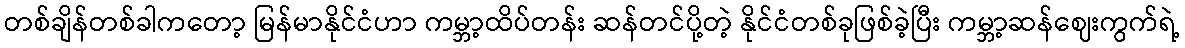
တစ်ချိန်တစ်ခါကတော့ မြန်မာနိုင်ငံဟာ ကမ္ဘာ့ထိပ်တန်း ဆန်တင်ပို့တဲ့ နိုင်ငံတစ်ခုဖြစ်ခဲ့ပြီး ကမ္ဘာ့ဆန်ဈေးကွက်ရဲ့